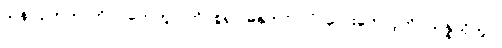
သန်လျက်ကာကို။ ဂဟေတွာ၊ ကိုင်စွဲ၍။ ဓနုကလာပံ၊ လေးတောင့်ကို။ သန္နယှိတွာ၊